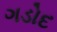
ગડોદ